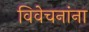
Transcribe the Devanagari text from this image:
विवेचनांना